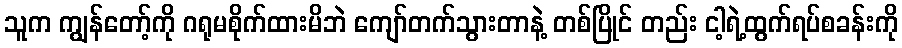
သူက ကျွန်တော့်ကို ဂရုမစိုက်ထားမိဘဲ ကျော်တက်သွားတာနဲ့ တစ်ပြိုင် တည်း ငါ့ရဲ့ထွက်ရပ်စခန်းကို